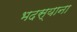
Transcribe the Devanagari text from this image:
भदस्याना